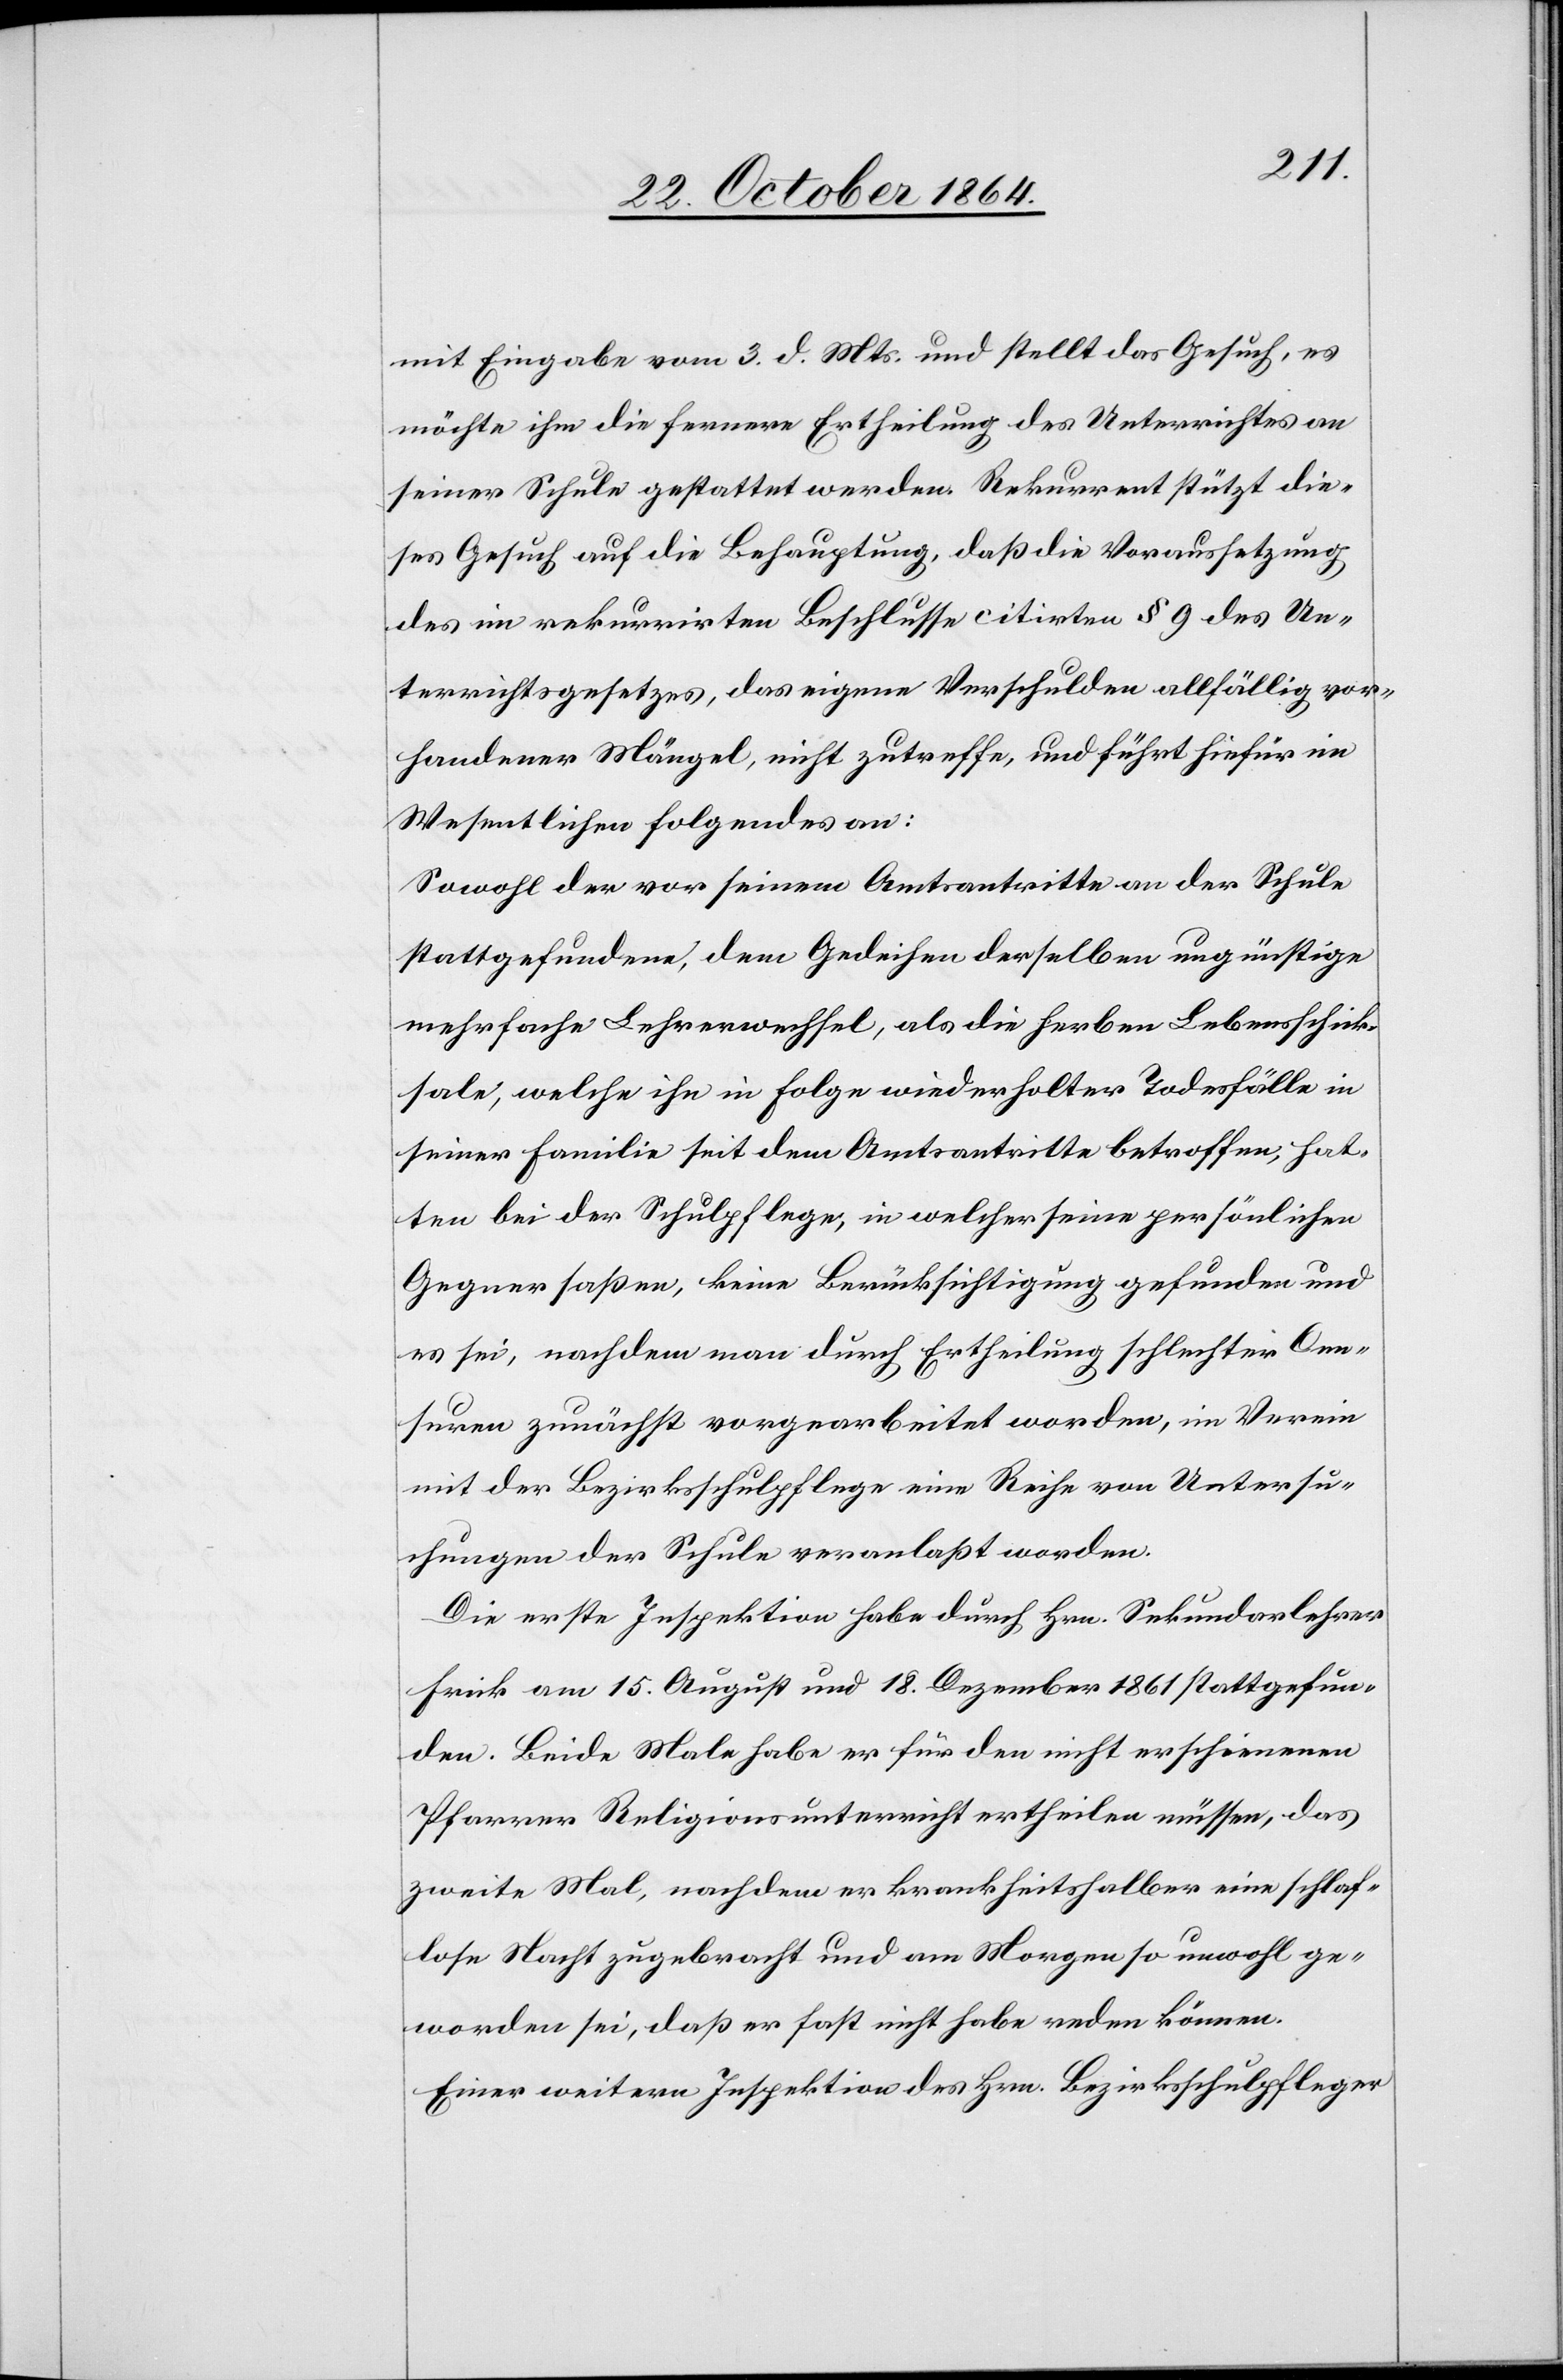
mit Eingabe vom 3. d. Mts. und stellt das Gesuch, es
möchte ihm die fernere Ertheilung des Unterrichtes an
seiner Schule gestattet werden. Rekurrent stützt die¬
ses Gesuch auf die Behauptung, daß die Voraussetzung
des im rekurrirten Beschlusse citirten § 9 des Un¬
terrichtsgesetzes, das eigene Verschulden allfällig vor¬
handener Mängel, nicht zutreffe, und führt hiefür im
Wesentlichen Folgendes an:
Sowohl der vor seinem Amtsantritte an der Schule
stattgefundene, dem Gedeihen derselben ungünstige
mehrfache Lehrerwechsel, als die herben Lebensschick¬
sale, welche ihn in Folge wiederholter Todesfälle in
seiner Familie seit dem Amtsantritte betroffen, hat¬
ten bei der Schulpflege, in welcher seine persönlichen
Gegner saßen, keine Berücksichtigung gefunden und
es sei, nachdem man durch Ertheilung schlechter Cen¬
suren zunächst vorgearbeitet worden [sic!], im Verein
mit der Bezirksschulpflege eine Reihe von Untersu¬
chungen der Schule veranlaßt worden.
Die erste Inspektion habe durch Hrn. Sekundarlehrer
Frick am 15. August und 18. Dezember 1861 stattgefun¬
den. Beide Male habe er für den nicht erschienenen
Pfarrer Religionsunterricht ertheilen müssen, das
zweite Mal, nachdem er krankheitshalber eine schlaf¬
lose Nacht zugebracht und am Morgen so unwohl ge¬
worden sei, daß er fast nicht habe reden können.
Einer weitern Inspektion des Hrn. Bezirksschulpfleger